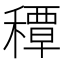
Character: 𥢏